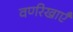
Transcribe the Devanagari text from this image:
वर्णरेखाएँ